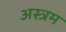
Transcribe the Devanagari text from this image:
अस्त्रम